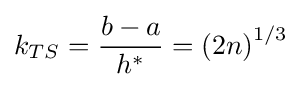
k_{TS}={\frac {b-a}{h^{*}}}=\left(2n\right)^{1/3}